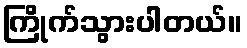
ကြိုက်သွားပါတယ်။